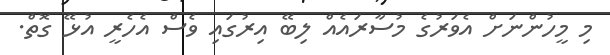
މި މީހުންނަށް އެވަރުގެ މުސާރައެއް ލިބޭ އިރުގައި ވެސް އެހެރީ އުޅޭ ގޮތް.